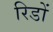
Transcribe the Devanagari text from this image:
रिडों